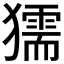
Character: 獳